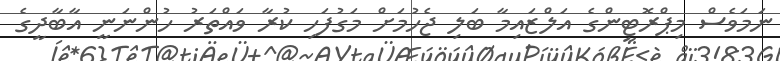
ނަމަވެސް މިޕްރޮޓީންގެ އަލްޒައިމާ ބަލި ޖެހުމަށް މަގުފަހި ކުރާ ވައްތަރު ހުންނަނީ އާބާދީގެ